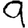
Digit: 9